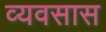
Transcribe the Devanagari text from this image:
व्यवसास